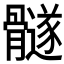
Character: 𲌓